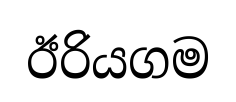
ඊරියගම